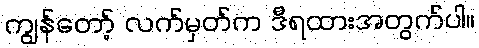
ကျွန်တော့် လက်မှတ်က ဒီရထားအတွက်ပါ။